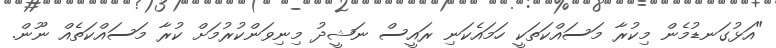
"އަޅުގަނޑުމެން މިކުރާ މަސައްކަތަކީ ހަމައެކަނި ރައީސް ނަޝީދު މިނިވަންކުރުމަށް ކުރާ މަަސައްކަތެއް ނޫން.